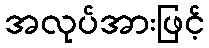
အလုပ်အားဖြင့်